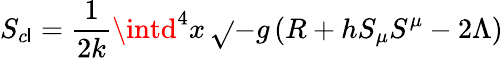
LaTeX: S_{c\mathsf{l}}=\frac{{1}}{{2k}}\intd^{4}x\, \sqrt{}{{-g}}\left(R+hS_{\mu}S^{\mu}-2\Lambda\right)